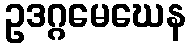
ဥဒဂ္ဂမေဃေန